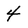
Character: 4